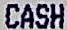
CASH